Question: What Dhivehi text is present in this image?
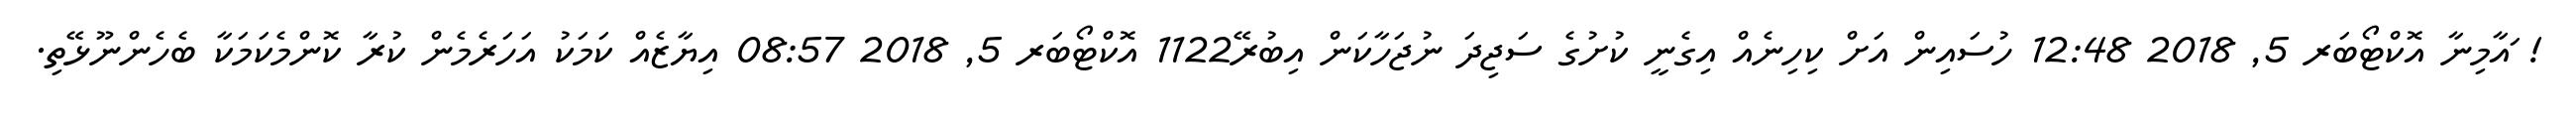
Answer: ! ައާމިނާ އޮކްޓޯބަރ 5, 2018 12:48 ހުސައިން އަށް ކިހިނެއް އިގެނީ ކުށުގެ ސަޖިދަ ނުޖަހާކަން އިބުރޭ1122 އޮކްޓޯބަރ 5, 2018 08:57 އިޔާޒެއް ކަމަކު އަހަރެމެން ކުރާ ކޮންމެކަމަކާ ބެހެންނޫޅޭތި.